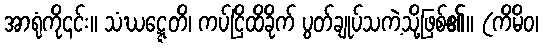
အာရုံကို၎င်း။ သံဃဋ္ဋေတိ၊ ကပ်ငြိထိခိုက် ပွတ်ချုပ်သကဲ့သို့ဖြစ်၏။ (ကိမိဝ၊